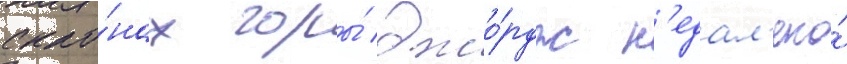
скло́нах горы́ джо́рдж н'едал'еко́